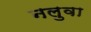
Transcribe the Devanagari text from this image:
नलुवा